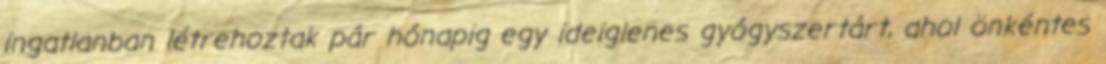
ingatlanban létrehoztak pár hónapig egy ideiglenes gyógyszertárt, ahol önkéntes